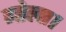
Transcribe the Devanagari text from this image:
गोला।